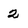
Character: 2